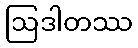
ဩဒါတဿ